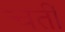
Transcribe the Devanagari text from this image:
चतीं